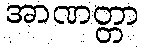
အာဏတ္တာ